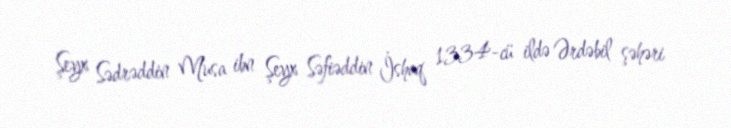
Şeyx Sədrəddin Musa ibn Şeyx Səfiəddin İshaq 1334-cü ildə Ərdəbil şəhəri